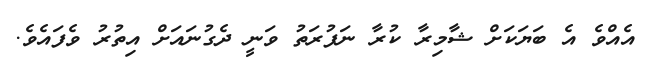
އެއްވެ އެ ބަޔަކަށް ޝާމިރާ ކުރާ ނަފުރަތު ވަނީ ދެގުނައަށް އިތުރު ވެފައެވެ.